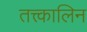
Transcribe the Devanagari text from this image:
तत्त्कालिन